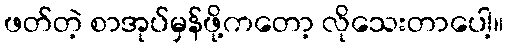
ဖတ်တဲ့ စာအုပ်မှန်ဖို့ကတော့ လိုသေးတာပေါ့။